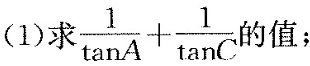
(1)求$$\frac{1}{ \tan A}+ \frac{1}{ \tan C}$$ 的值；